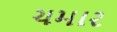
ચમાર